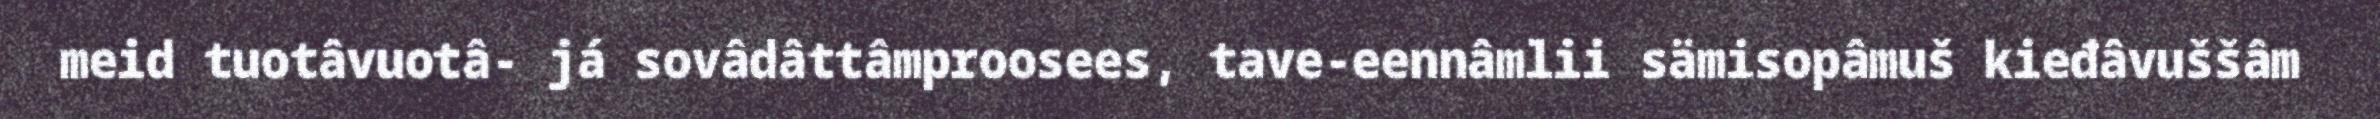
meid tuotâvuotâ- já sovâdâttâmproosees, tave-eennâmlii sämisopâmuš kieđâvuššâm